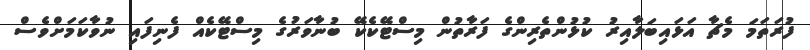
ފުރަތަމަ މެޗާ އަޅައިބަލާއިރު ކުޅުންތެރިންގެ ފަރާތުން މިސްޓޭކެކޭ ބުނާވަރުގެ މިސްޓޭކެއް ފެނިފައި ނުވާކަމަށްވެސް